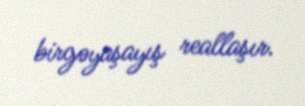
birgəyaşayış reallaşır.